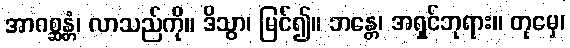
အာဂစ္ဆန္တံ၊ လာသည်ကို။ ဒိသွာ၊ မြင်၍။ ဘန္တေ၊ အရှင်ဘုရား။ တုမှေ၊